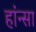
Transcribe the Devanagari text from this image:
हांन्सा